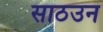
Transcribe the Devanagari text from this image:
साठउन